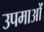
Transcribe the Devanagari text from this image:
उपमाआें